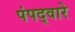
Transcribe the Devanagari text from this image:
पंपद्वारे